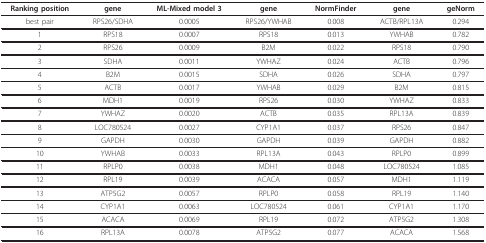
| Ranking position | gene | ML-Mixed model 3 | gene | NormFinder | gene | geNorm |
 | --- | --- | --- | --- | --- | --- | --- |
 | best pair | RPS26/SDHA | 0.0005 | RPS26/YWHAB | 0.008 | ACTB/RPL13A | 0.294 |
 | 1 | RPS18 | 0.0007 | RPS18 | 0.013 | YWHAB | 0.782 |
 | 2 | RPS26 | 0.0009 | B2M | 0.022 | RPS18 | 0.790 |
 | 3 | SDHA | 0.0011 | YWHAZ | 0.024 | ACTB | 0.796 |
 | 4 | B2M | 0.0015 | SDHA | 0.026 | SDHA | 0.797 |
 | 5 | ACTB | 0.0017 | YWHAB | 0.029 | B2M | 0.815 |
 | 6 | MDH1 | 0.0019 | RPS26 | 0.030 | YWHAZ | 0.833 |
 | 7 | YWHAZ | 0.0020 | ACTB | 0.035 | RPL13A | 0.839 |
 | 8 | LOC780524 | 0.0027 | CYP1A1 | 0.037 | RPS26 | 0.847 |
 | 9 | GAPDH | 0.0030 | GAPDH | 0.039 | GAPDH | 0.882 |
 | 10 | YWHAB | 0.0033 | RPL13A | 0.043 | RPLP0 | 0.899 |
 | 11 | RPLP0 | 0.0038 | MDH1 | 0.048 | LOC780524 | 1.085 |
 | 12 | RPL19 | 0.0039 | ACACA | 0.057 | MDH1 | 1.119 |
 | 13 | ATP5G2 | 0.0057 | RPLP0 | 0.058 | RPL19 | 1.140 |
 | 14 | CYP1A1 | 0.0063 | LOC780524 | 0.061 | CYP1A1 | 1.170 |
 | 15 | ACACA | 0.0069 | RPL19 | 0.072 | ATP5G2 | 1.308 |
 | 16 | RPL13A | 0.0078 | ATP5G2 | 0.077 | ACACA | 1.568 |